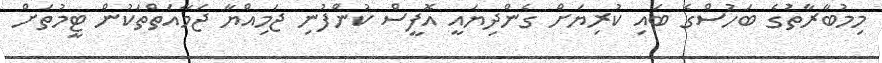
މިމުބާރާތުގެ ބަހުސްގެ ބައި ކުރިޔަށް ގެންދިޔައީ އޮފީސް ކުންފުނި ޖަމިއްޔާ ޖަމާއަތްތަކުން ޓީމުތަށް